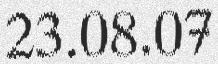
23.08.07